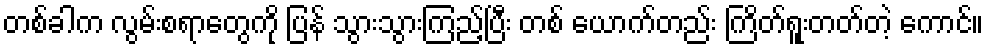
တစ်ခါက လွမ်းစရာတွေကို ပြန် သွားသွားကြည့်ပြီး တစ် ယောက်တည်း ကြိတ်ရူးတတ်တဲ့ ကောင်။